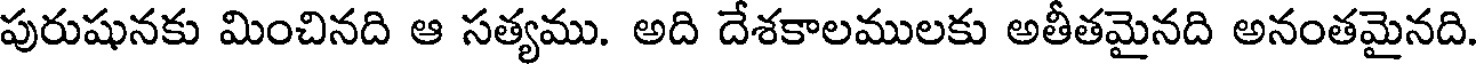
పురుషునకు మించినది ఆ సత్యము. అది దేశకాలములకు అతీతమైనది అనంతమైనది